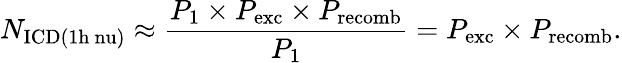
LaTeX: N_{\mathrm{ICD(1h\ nu)}}\approx\frac{P_{\mathrm{1}}\times P_{\mathrm{exc}}\times P_{\mathrm{recomb}}}{P_{\mathrm{1}}}=P_{\mathrm{exc}}\times P_{\mathrm{recomb}}.